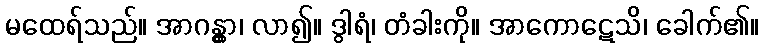
မထေရ်သည်။ အာဂန္တွာ၊ လာ၍။ ဒွါရံ၊ တံခါးကို။ အာကောဋေသိ၊ ခေါက်၏။